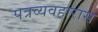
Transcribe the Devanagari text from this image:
पत्रव्यवहारास